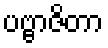
ပဗ္ဗာဇိတာ